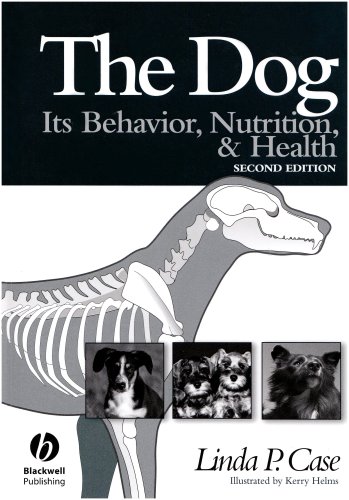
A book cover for The Dog: Its Behavior, Nutrition, and Health; Linda P. Case; Crafts, Hobbies & Home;